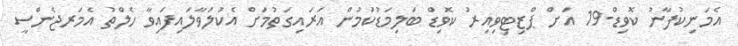
އެމަނިކުފާނު ކޮވިޑް-19 އަށް ޕްޒިޓިވިއިރު ކޮވިޑް ބަލިމަޑުކަމުން އަރައިގަތުމަށް އެކުލަވާލައިފައިވާ ހެލްތު އެމަރޖެންސީ